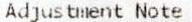
ADJUSTMENT NOTE